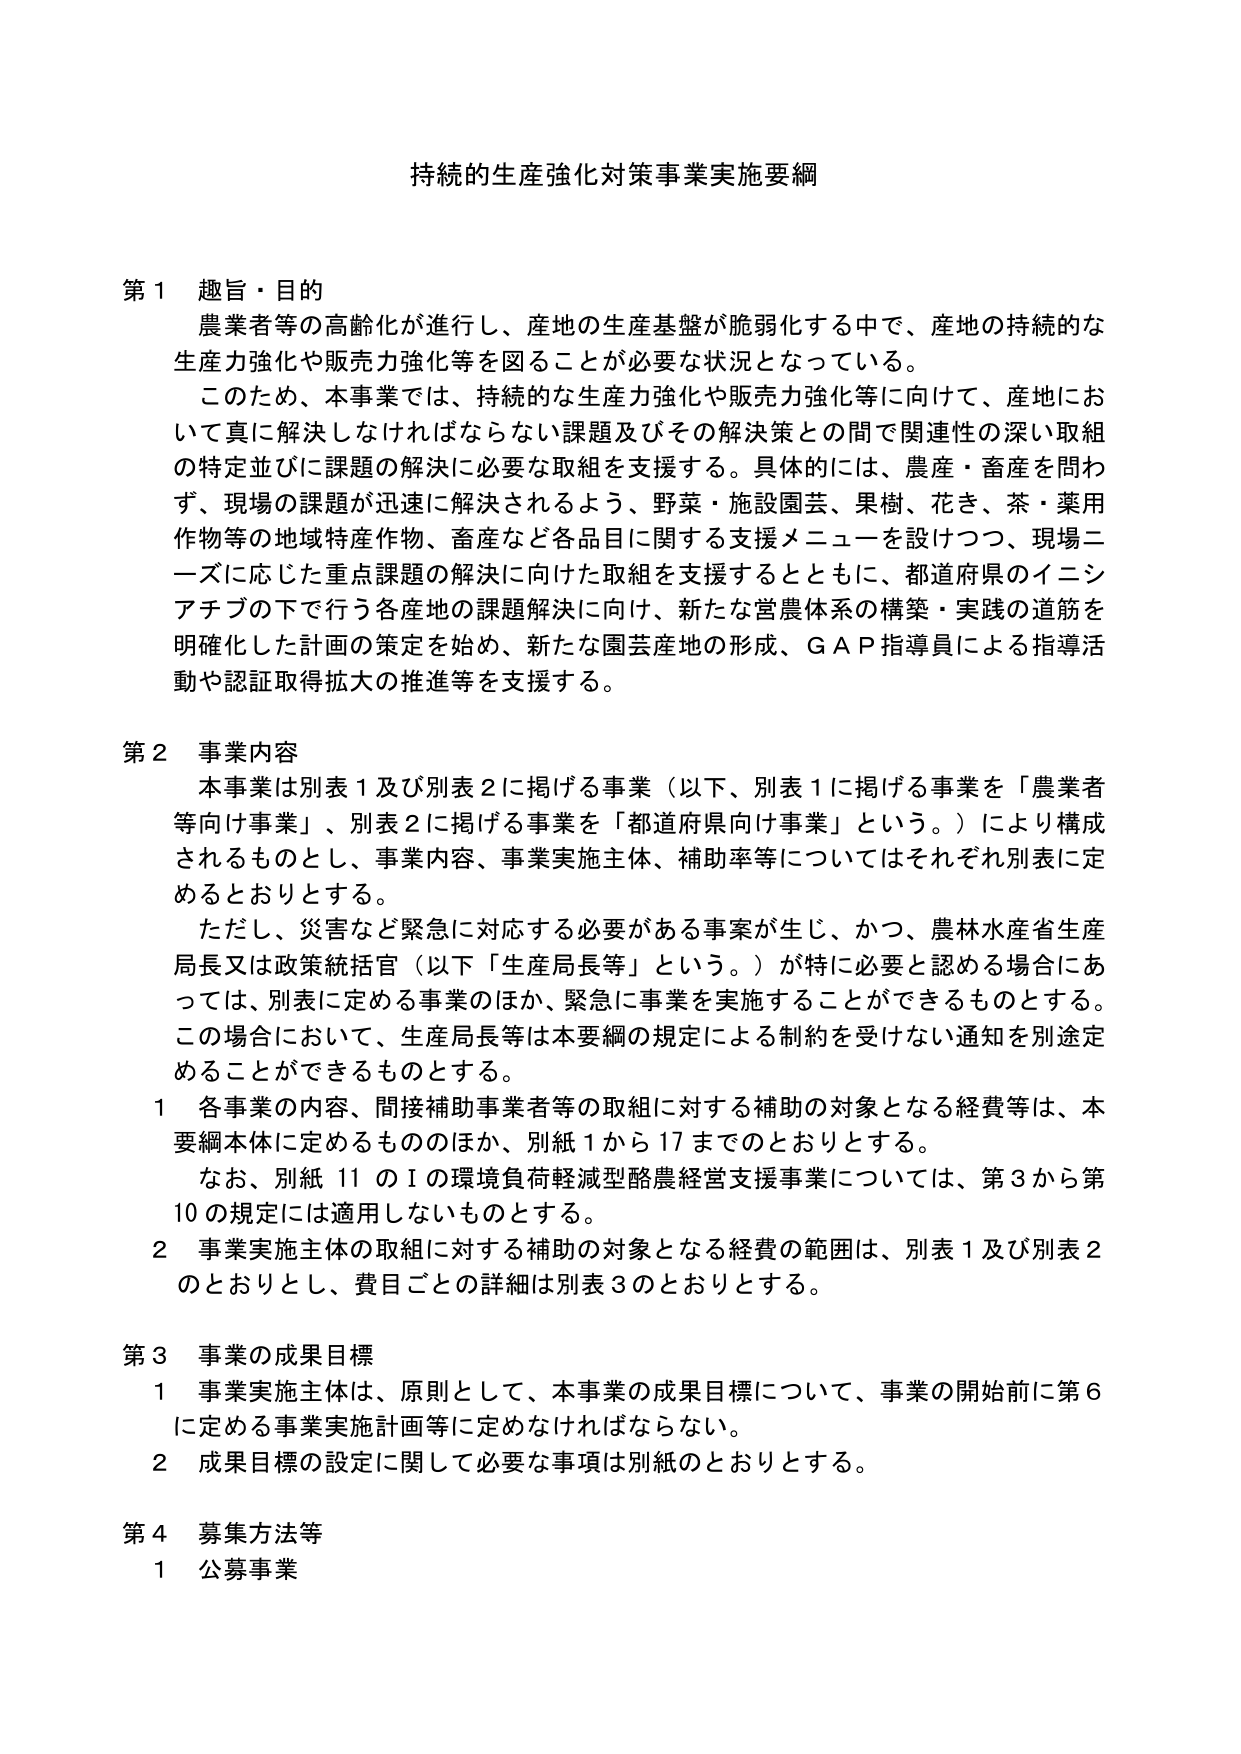
持続的生産強化対策事業実施要綱

第１ 趣旨・目的
農業者等の高齢化が進行し、産地の生産基盤が脆弱化する中で、産地の持続的な
生産力強化や販売力強化等を図ることが必要な状況となっている。
このため、本事業では、持続的な生産力強化や販売力強化等に向けて、産地にお
いて真に解決しなければならない課題及びその解決策との間で関連性の深い取組
の特定並びに課題の解決に必要な取組を支援する。具体的には、農産・畜産を問わ
ず、現場の課題が迅速に解決されるよう、野菜・施設園芸、果樹、花き、茶・薬用
作物等の地域特産作物、畜産など各品目に関する支援メニューを設けつつ、現場ニ
ーズに応じた重点課題の解決に向けた取組を支援するとともに、都道府県のイニシ
アチブの下で行う各産地の課題解決に向け、新たな営農体系の構築・実践の道筋を
明確化した計画の策定を始め、新たな園芸産地の形成、ＧＡＰ指導員による指導活
動や認証取得拡大の推進等を支援する。

第２ 事業内容
本事業は別表１及び別表２に掲げる事業（以下、別表１に掲げる事業を「農業者
等向け事業」、別表２に掲げる事業を「都道府県向け事業」という。）により構成
されるものとし、事業内容、事業実施主体、補助率等についてはそれぞれ別表に定
めるとおりとする。
ただし、災害など緊急に対応する必要がある事案が生じ、かつ、農林水産省生産
局長又は政策統括官（以下「生産局長等」という。）が特に必要と認める場合にあ
っては、別表に定める事業のほか、緊急に事業を実施することができるものとする。
この場合において、生産局長等は本要綱の規定による制約を受けない通知を別途定
めることができるものとする。
１ 各事業の内容、間接補助事業者等の取組に対する補助の対象となる経費等は、本
要綱本体に定めるもののほか、別紙１から１７までのとおりとする。
なお、別紙１１のⅠの環境負荷軽減型酪農経営支援事業については、第３から第
１０の規定には適用しないものとする。
２ 事業実施主体の取組に対する補助の対象となる経費の範囲は、別表１及び別表２
のとおりとし、費目ごとの詳細は別表３のとおりとする。

第３ 事業の成果目標
１ 事業実施主体は、原則として、本事業の成果目標について、事業の開始前に第６
に定める事業実施計画等に定めなければならない。
２ 成果目標の設定に関して必要な事項は別紙のとおりとする。

第４ 募集方法等
１ 公募事業